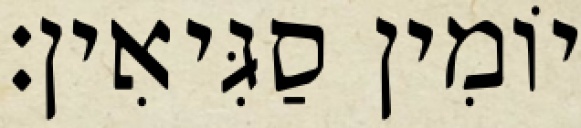
יוֹמִין סַגִּיאִין׃